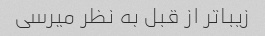
زیباتر از قبل به نظر میرسی